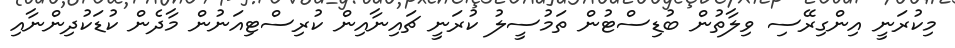
މިކުރަނީ އިންގިރޭސި ވިލާތުން ބުޑިސްޓުން ތަމުސީލު ކުރަނީ ޗައިނާއިން ކުރިސްޓިއަނުން މާދެން ކުޑަކުދިންނާއި